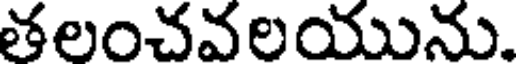
తలంచవలయును.